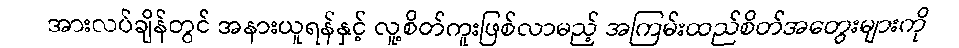
အားလပ်ချိန်တွင် အနားယူရန်နှင့် လူ့စိတ်ကူးဖြစ်လာမည့် အကြမ်းထည်စိတ်အတွေးများကို